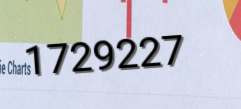
1729227